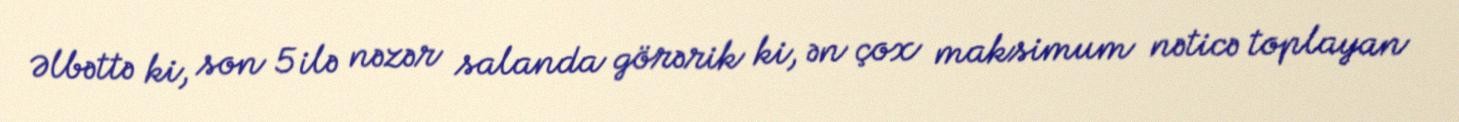
Əlbəttə ki, son 5 ilə nəzər salanda görərik ki, ən çox maksimum nəticə toplayan